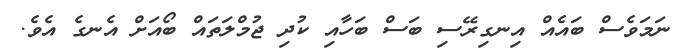
ނަމަވެސް ބައެއް އިނގިރޭސި ބަސް ބަހާއި ކުދި ޖުމްލަތައް ބޯއަށް އެނގެ އެވެ.